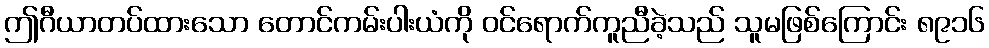
ဤဂီယာတပ်ထားသော တောင်ကမ်းပါးယံကို ဝင်ရောက်ကူညီခဲ့သည် သူမဖြစ်ကြောင်း ၈၉၁၆